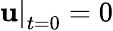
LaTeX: {\left.{\mathbf{u}}\right|_{t=0}}=0